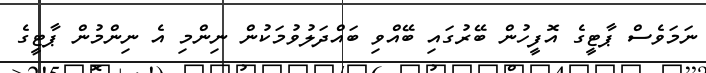
ނަމަވެސް ޕާޓީގެ އޮފީހުން ބޭރުގައި ބޭއްވި ބައްދަލުވުމަކުން ނިންމި އެ ނިންމުން ޕާޓީގެ